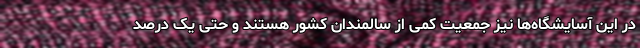
در این آسایشگاه‌ها نیز جمعیت کمی از سالمندان کشور هستند و حتی یک درصد